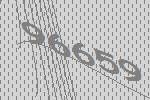
96659